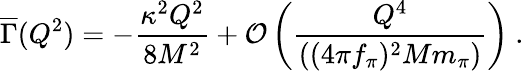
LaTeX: {\overline{{\Gamma}}}(Q^{2})=-{\frac{\kappa^{2}Q^{2}}{8M^{2}}}+{\cal O}\left({\frac{Q^{4}}{((4\pi f_{\pi})^{2}Mm_{\pi})}}\right)\ .